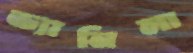
ভ্যানিলা